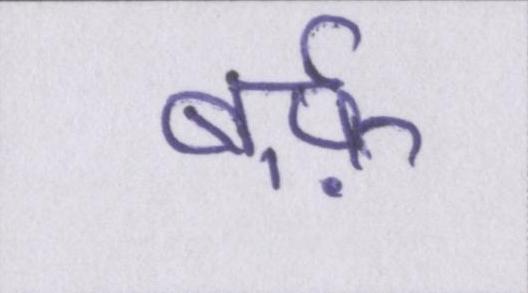
बर्फ़